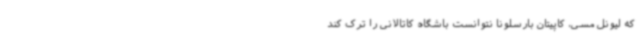
که لیونل مسی، کاپیتان بارسلونا نتوانست باشگاه کاتالانی را ترک کند